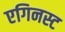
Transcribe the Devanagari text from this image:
एगिनस्ट